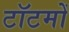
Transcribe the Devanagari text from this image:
टॉटमों